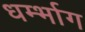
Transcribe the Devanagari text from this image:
धर्म्भाग